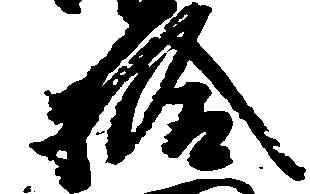
拾